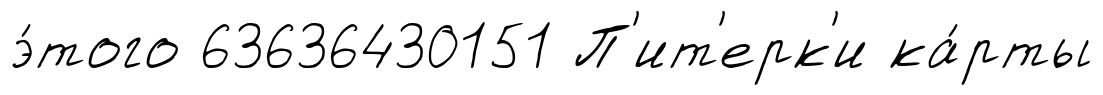
э́того 63636430151 П'ит'ерк'и ка́рты